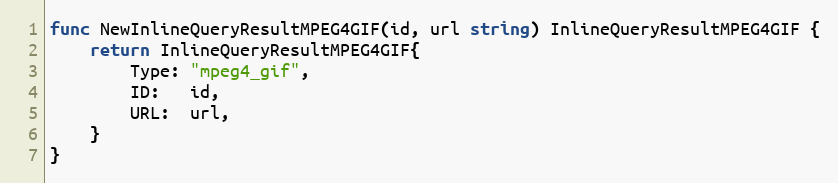
Language: Go
func NewInlineQueryResultMPEG4GIF(id, url string) InlineQueryResultMPEG4GIF {
	return InlineQueryResultMPEG4GIF{
		Type: "mpeg4_gif",
		ID:   id,
		URL:  url,
	}
}